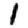
Digit: 1